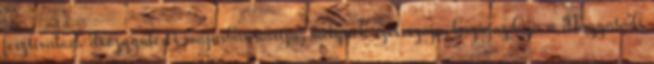
fesztiválon. Közgyûlését májusban tartja, melynek szervezõje, házigazdája a Nagyatádi